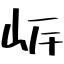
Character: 㟁